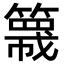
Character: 簚